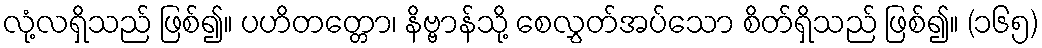
လုံ့လရှိသည် ဖြစ်၍။ ပဟိတတ္တော၊ နိဗ္ဗာန်သို့ စေလွှတ်အပ်သော စိတ်ရှိသည် ဖြစ်၍။ (၁၆၅)